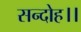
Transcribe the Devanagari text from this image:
सन्‍दोह।।